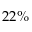
2 2 \%